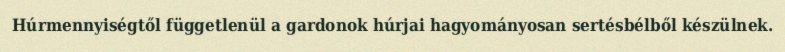
Húrmennyiségtől függetlenül a gardonok húrjai hagyományosan sertésbélből készülnek.